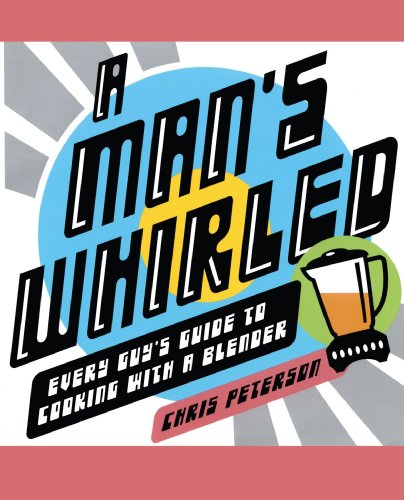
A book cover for A Man's Whirled: Every Guy's Guide to Cooking with a Blender; Chris Peterson; Cookbooks, Food & Wine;